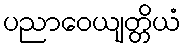
ပညာဝေယျတ္တိယံ